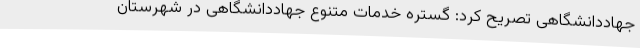
جهاددانشگاهی تصریح کرد: گستره خدمات متنوع جهاددانشگاهی در شهرستان